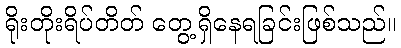
ရိုးတိုးရိပ်တိတ် တွေ့ရှိနေရခြင်းဖြစ်သည်။